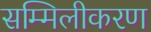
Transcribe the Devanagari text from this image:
सम्मिलीकरण